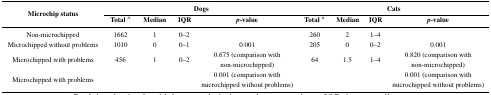
<table><thead><tr><td rowspan="2"><b>Microchip status</b></td><td colspan="4"><b>Dogs</b></td><td colspan="4"><b>Cats</b></td></tr><tr><td><b>Total <sup>a</sup></b></td><td><b>Median</b></td><td><b>IQR</b></td><td><b><i>p</i>-value</b></td><td><b>Total <sup>a</sup></b></td><td><b>Median</b></td><td><b>IQR</b></td><td><b><i>p</i>-value</b></td></tr></thead><tbody><tr><td>Non-microchipped</td><td>1662</td><td>1</td><td>0–2</td><td></td><td>260</td><td>2</td><td>1–4</td><td></td></tr><tr><td>Microchipped without problems</td><td>1010</td><td>0</td><td>0–1</td><td>0.001</td><td>205</td><td>0</td><td>0–2</td><td>0.001</td></tr><tr><td>Microchipped with problems</td><td>456</td><td>1</td><td>0–2</td><td>0.675 (comparison with non-microchipped)</td><td>64</td><td>1.5</td><td>1–4</td><td>0.820 (comparison with non-microchipped)</td></tr><tr><td>Microchipped with problems</td><td></td><td></td><td></td><td>0.001 (comparison with microchipped without problems)</td><td></td><td></td><td></td><td>0.001 (comparison with microchipped without problems)</td></tr></tbody></table>